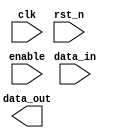
////////////////////////////////////////////////////////////////////////////////
//
//       This confidential and proprietary software may be used only
//     as authorized by a licensing agreement from Synopsys Inc.
//     In the event of publication, the following notice is applicable:
//
//                    (C) COPYRIGHT 2007 - 2018 SYNOPSYS INC.
//                           ALL RIGHTS RESERVED
//
//       The entire notice above must be reproduced on all authorized
//     copies.
//
//
// VERSION:   Verilog Simulation Model
//
// DesignWare_version: 347b361b
// DesignWare_release: O-2018.06-DWBB_201806.3
//
////////////////////////////////////////////////////////////////////////////////
//
// ABSTRACT: Pipeline register with parameter control for width, pipe stages
//		as well as non-retimable input or output register
//
//		Register are individually enabled by separate bits of the
//		enable input bus.
//
//
//              Parameters:     Valid Values
//              ==========      ============
//              width           [ > 0 ]
//              in_reg          [ 0 = no fixed input register
//				  1 = fixed (not retimable) input register ]
//              stages          [ > 0 ]
//              out_reg         [ 0 = no fixed output register
//				  1 = fixed (not retimable) output register ]
//              rst_mode        [ 0 = asynchronous reset,
//                                1 = synchronous reset ]
//		
//		Input Ports:	Size	Description
//		===========	====	===========
//		clk		1 bit	Input Clock
//		rst_n		1 bit	Active Low Reset
//		enable	       EW bits	Active High Enable Bus
//		data_in		width	Data input port
//
//		Output Ports	Size	Description
//		============	====	===========
//		data_out	width	Data output port
//
//	where :  EW = min(1, in_reg + stages + out_reg - 1)
//
// MODIFIED: 
//
//      RJK 01/10/13  Updated coding to use standard sequential block
//                    coding without intermediate signals (using V2K
//                    generate blocks to differentiate async from sync
//                    reset modes).  (STAR 9000589609)
//
////////////////////////////////////////////////////////////////////////////////-

module DW_pl_reg ( clk, rst_n, enable,
		    data_in, data_out);

parameter integer width = 8;	// NATURAL
parameter integer in_reg = 0;   // RANGE 0 to 1
parameter integer stages = 4;	// NATURAL
parameter integer out_reg = 0;  // RANGE 0 to 1
parameter integer rst_mode = 0;	// RANGE 0 to 1

localparam en_msb = (stages-1+in_reg+out_reg < 1)? 0 : (stages+in_reg+out_reg-2);

input			clk;		// clock input
input			rst_n;		// active low reset input
input  [en_msb : 0]	enable;		// active high enable input bus
input  [width-1 : 0]	data_in;	// input data bus

output [width-1 : 0]	data_out;	// output data bus

//synopsys translate_off

reg    [width-1 : 0]	pipe_regs [0 : en_msb];



generate
 if (rst_mode == 0) begin : REG1_ASYNC_RST
  always @ (posedge clk or negedge rst_n) begin : PROC_registers
    integer i;

    if (rst_n === 1'b0) begin
      for (i=0 ; i <= en_msb ; i=i+1) begin
	pipe_regs[i] <= {width{1'b0}};
      end
    end else if (rst_n === 1'b1) begin
      for (i=0 ; i <= en_msb ; i=i+1) begin
        if (enable[i] === 1'b1)
	  pipe_regs[i] <= (i == 0)? (data_in | (data_in ^ data_in)) : pipe_regs[i-1];
	else if (enable[i] !== 1'b0)
	  pipe_regs[i] <= ((pipe_regs[i] ^ ((i == 0)? (data_in | (data_in ^ data_in)) : pipe_regs[i-1]))
			      & {width{1'bx}}) ^ pipe_regs[i];
      end
    end else begin
      for (i=0 ; i <= en_msb ; i=i+1) begin
	pipe_regs[i] <= {width{1'bx}};
      end
    end
  end
 end else begin : REG1_SYNC_RST
  always @ (posedge clk) begin : PROC_registers
    integer i;

    if (rst_n === 1'b0) begin
      for (i=0 ; i <= en_msb ; i=i+1) begin
	pipe_regs[i] <= {width{1'b0}};
      end
    end else if (rst_n === 1'b1) begin
      for (i=0 ; i <= en_msb ; i=i+1) begin
        if (enable[i] === 1'b1)
	  pipe_regs[i] <= (i == 0)? (data_in | (data_in ^ data_in)) : pipe_regs[i-1];
	else if (enable[i] !== 1'b0)
	  pipe_regs[i] <= ((pipe_regs[i] ^ ((i == 0)? (data_in | (data_in ^ data_in)) : pipe_regs[i-1]))
			      & {width{1'bx}}) ^ pipe_regs[i];
      end
    end else begin
      for (i=0 ; i <= en_msb ; i=i+1) begin
	pipe_regs[i] <= {width{1'bx}};
      end
    end
  end
 end
endgenerate


  assign data_out = (in_reg+stages+out_reg == 1)? (data_in | (data_in ^ data_in)) : pipe_regs[en_msb];


  //-------------------------------------------------------------------------
  // Parameter legality check  
  //-------------------------------------------------------------------------
  
 
  initial begin : parameter_check
    integer param_err_flg;

    param_err_flg = 0;
    
  
    if (width < 1) begin
      param_err_flg = 1;
      $display(
	"ERROR: %m :\n  Invalid value (%d) for parameter width (lower bound: 1)",
	width );
    end
  
    if ( (stages < 1) || (stages > 1024) ) begin
      param_err_flg = 1;
      $display(
	"ERROR: %m :\n  Invalid value (%d) for parameter stages (legal range: 1 to 1024)",
	stages );
    end
  
    if ( (in_reg < 0) || (in_reg > 1) ) begin
      param_err_flg = 1;
      $display(
	"ERROR: %m :\n  Invalid value (%d) for parameter in_reg (legal range: 0 to 1)",
	in_reg );
    end
  
    if ( (out_reg < 0) || (out_reg > 1) ) begin
      param_err_flg = 1;
      $display(
	"ERROR: %m :\n  Invalid value (%d) for parameter out_reg (legal range: 0 to 1)",
	out_reg );
    end
  
    if ( (in_reg!=0) && (out_reg!=0) ) begin
      param_err_flg = 1;
      $display(
	"ERROR: %m : \n  Invalid configuration of DW_pl_reg - 'in_reg' and 'out_reg' parameters can't both be non-zero" );
    end
  
    if ( (rst_mode < 0) || (rst_mode > 1) ) begin
      param_err_flg = 1;
      $display(
	"ERROR: %m :\n  Invalid value (%d) for parameter rst_mode (legal range: 0 to 1)",
	rst_mode );
    end
  
    if ( param_err_flg == 1) begin
      $display(
        "%m :\n  Simulation aborted due to invalid parameter value(s)");
      $finish;
    end

  end // parameter_check 



  
  always @ (clk) begin : monitor_clk 
    if ( (clk !== 1'b0) && (clk !== 1'b1) && ($time > 0) )
      $display( "WARNING: %m :\n  at time = %t, detected unknown value, %b, on clk input.",
                $time, clk );
    end // monitor_clk 

// synopsys translate_on

endmodule